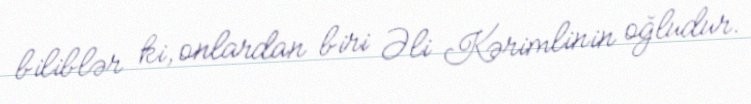
biliblər ki, onlardan biri Əli Kərimlinin oğludur.